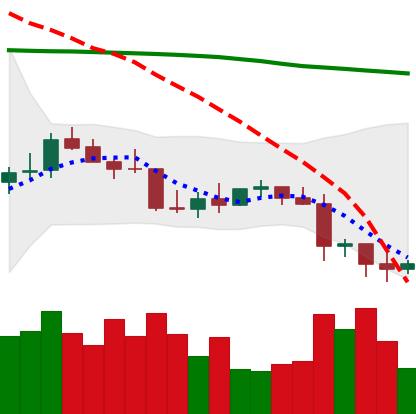
Ticker: LTC-USD
Chart end date: 2022-01-09
Forward return: 10.226%
Label: up_7plus